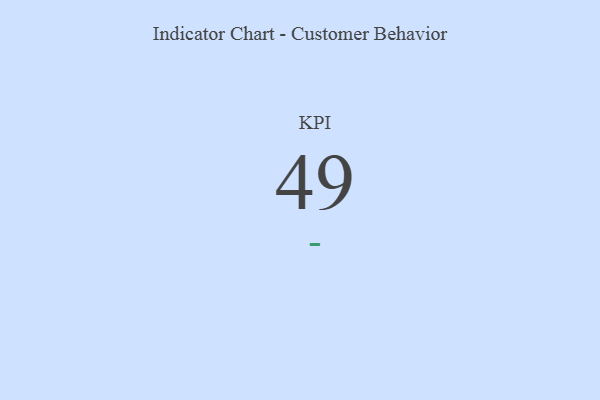
{"axis": {"x": "KPI", "y": "Value"}, "legend": [""], "data": [{"x": "KPI", "y": 49, "type": ""}]}